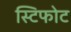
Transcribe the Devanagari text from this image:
स्टिफोट